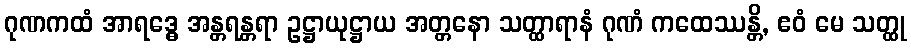
ဂုဏကထံ အာရဒ္ဓေ အန္တရန္တရာ ဥဋ္ဌာယုဋ္ဌာယ အတ္တနော သတ္ထာရာနံ ဂုဏံ ကထေဿန္တိ, ဧဝံ မေ သတ္ထု